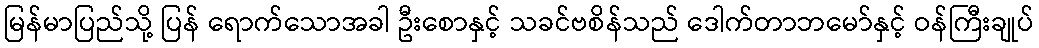
မြန်မာပြည်သို့ ပြန် ရောက်သောအခါ ဦးစောနှင့် သခင်ဗစိန်သည် ဒေါက်တာဘမော်နှင့် ဝန်ကြီးချုပ်